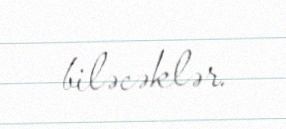
biləcəklər.